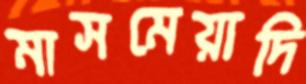
মাসমেয়াদি